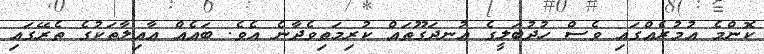
ކޮންމެ އުމުރެއްގައި ވެސް ހުދުބަލީގެ އުނދަގޫތައް ކުރިމަތިވެދާނެ އެވެ. ބައެއް އާއިލާތަކުގެ ތެރޭގައި